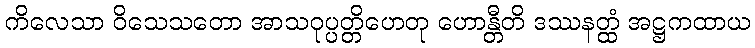
ကိလေသာ ဝိသေသတော အာသဝုပ္ပတ္တိဟေတု ဟောန္တီတိ ဒဿနတ္ထံ အဋ္ဌကထာယ